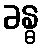
ခန္ဓ